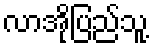
လာအိုပြည်သူ့